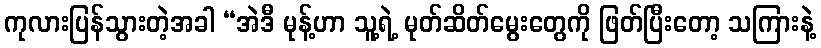
ကုလားပြန်သွားတဲ့အခါ “အဲဒီ မုန့်ဟာ သူ့ရဲ့ မုတ်ဆိတ်မွေးတွေကို ဖြတ်ပြီးတော့ သကြားနဲ့